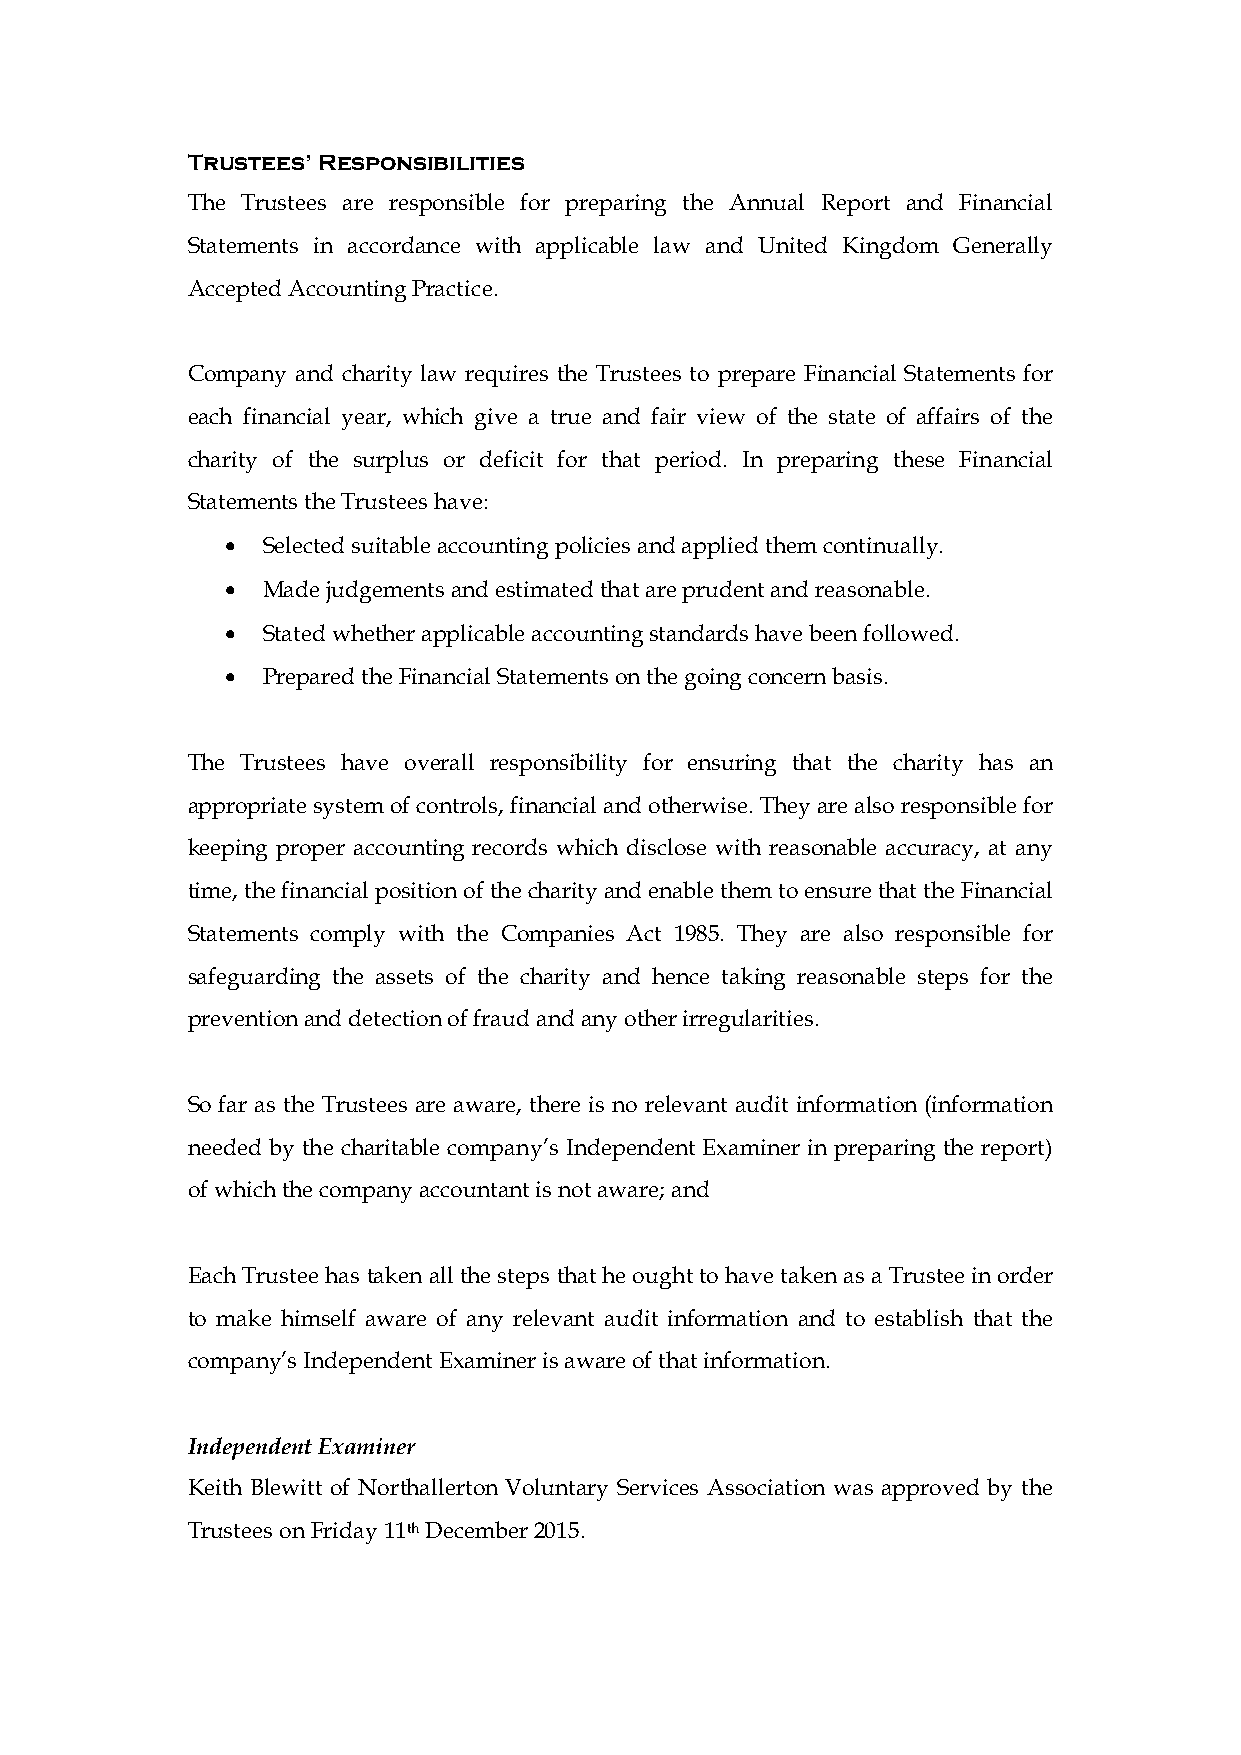
Trustees’ Responsibilities
 The Trustees are responsible for preparing the Annual Report and Financial
 Statements in accordance with applicable law and United Kingdom Generally
 Accepted Accounting Practice.
 Company and charity law requires the Trustees to prepare Financial Statements for
 each financial year, which give a true and fair view of the state of affairs of the
 charity of the surplus or deficit for that period. In preparing these Financial
 Statements the Trustees have:
  Selected suitable accounting policies and applied them continually.
  Made judgements and estimated that are prudent and reasonable.
  Stated whether applicable accounting standards have been followed.
  Prepared the Financial Statements on the going concern basis.
 The Trustees have overall responsibility for ensuring that the charity has an
 appropriate system of controls, financial and otherwise. They are also responsible for
 keeping proper accounting records which disclose with reasonable accuracy, at any
 time, the financial position of the charity and enable them to ensure that the Financial
 Statements comply with the Companies Act 1985. They are also responsible for
 safeguarding the assets of the charity and hence taking reasonable steps for the
 prevention and detection of fraud and any other irregularities.
 So far as the Trustees are aware, there is no relevant audit information (information
 needed by the charitable company’s Independent Examiner in preparing the report)
 of which the company accountant is not aware; and
 Each Trustee has taken all the steps that he ought to have taken as a Trustee in order
 to make himself aware of any relevant audit information and to establish that the
 company’s Independent Examiner is aware of that information.
 Independent Examiner
 Keith Blewitt of Northallerton Voluntary Services Association was approved by the
 Trustees on Friday 11th December 2015.